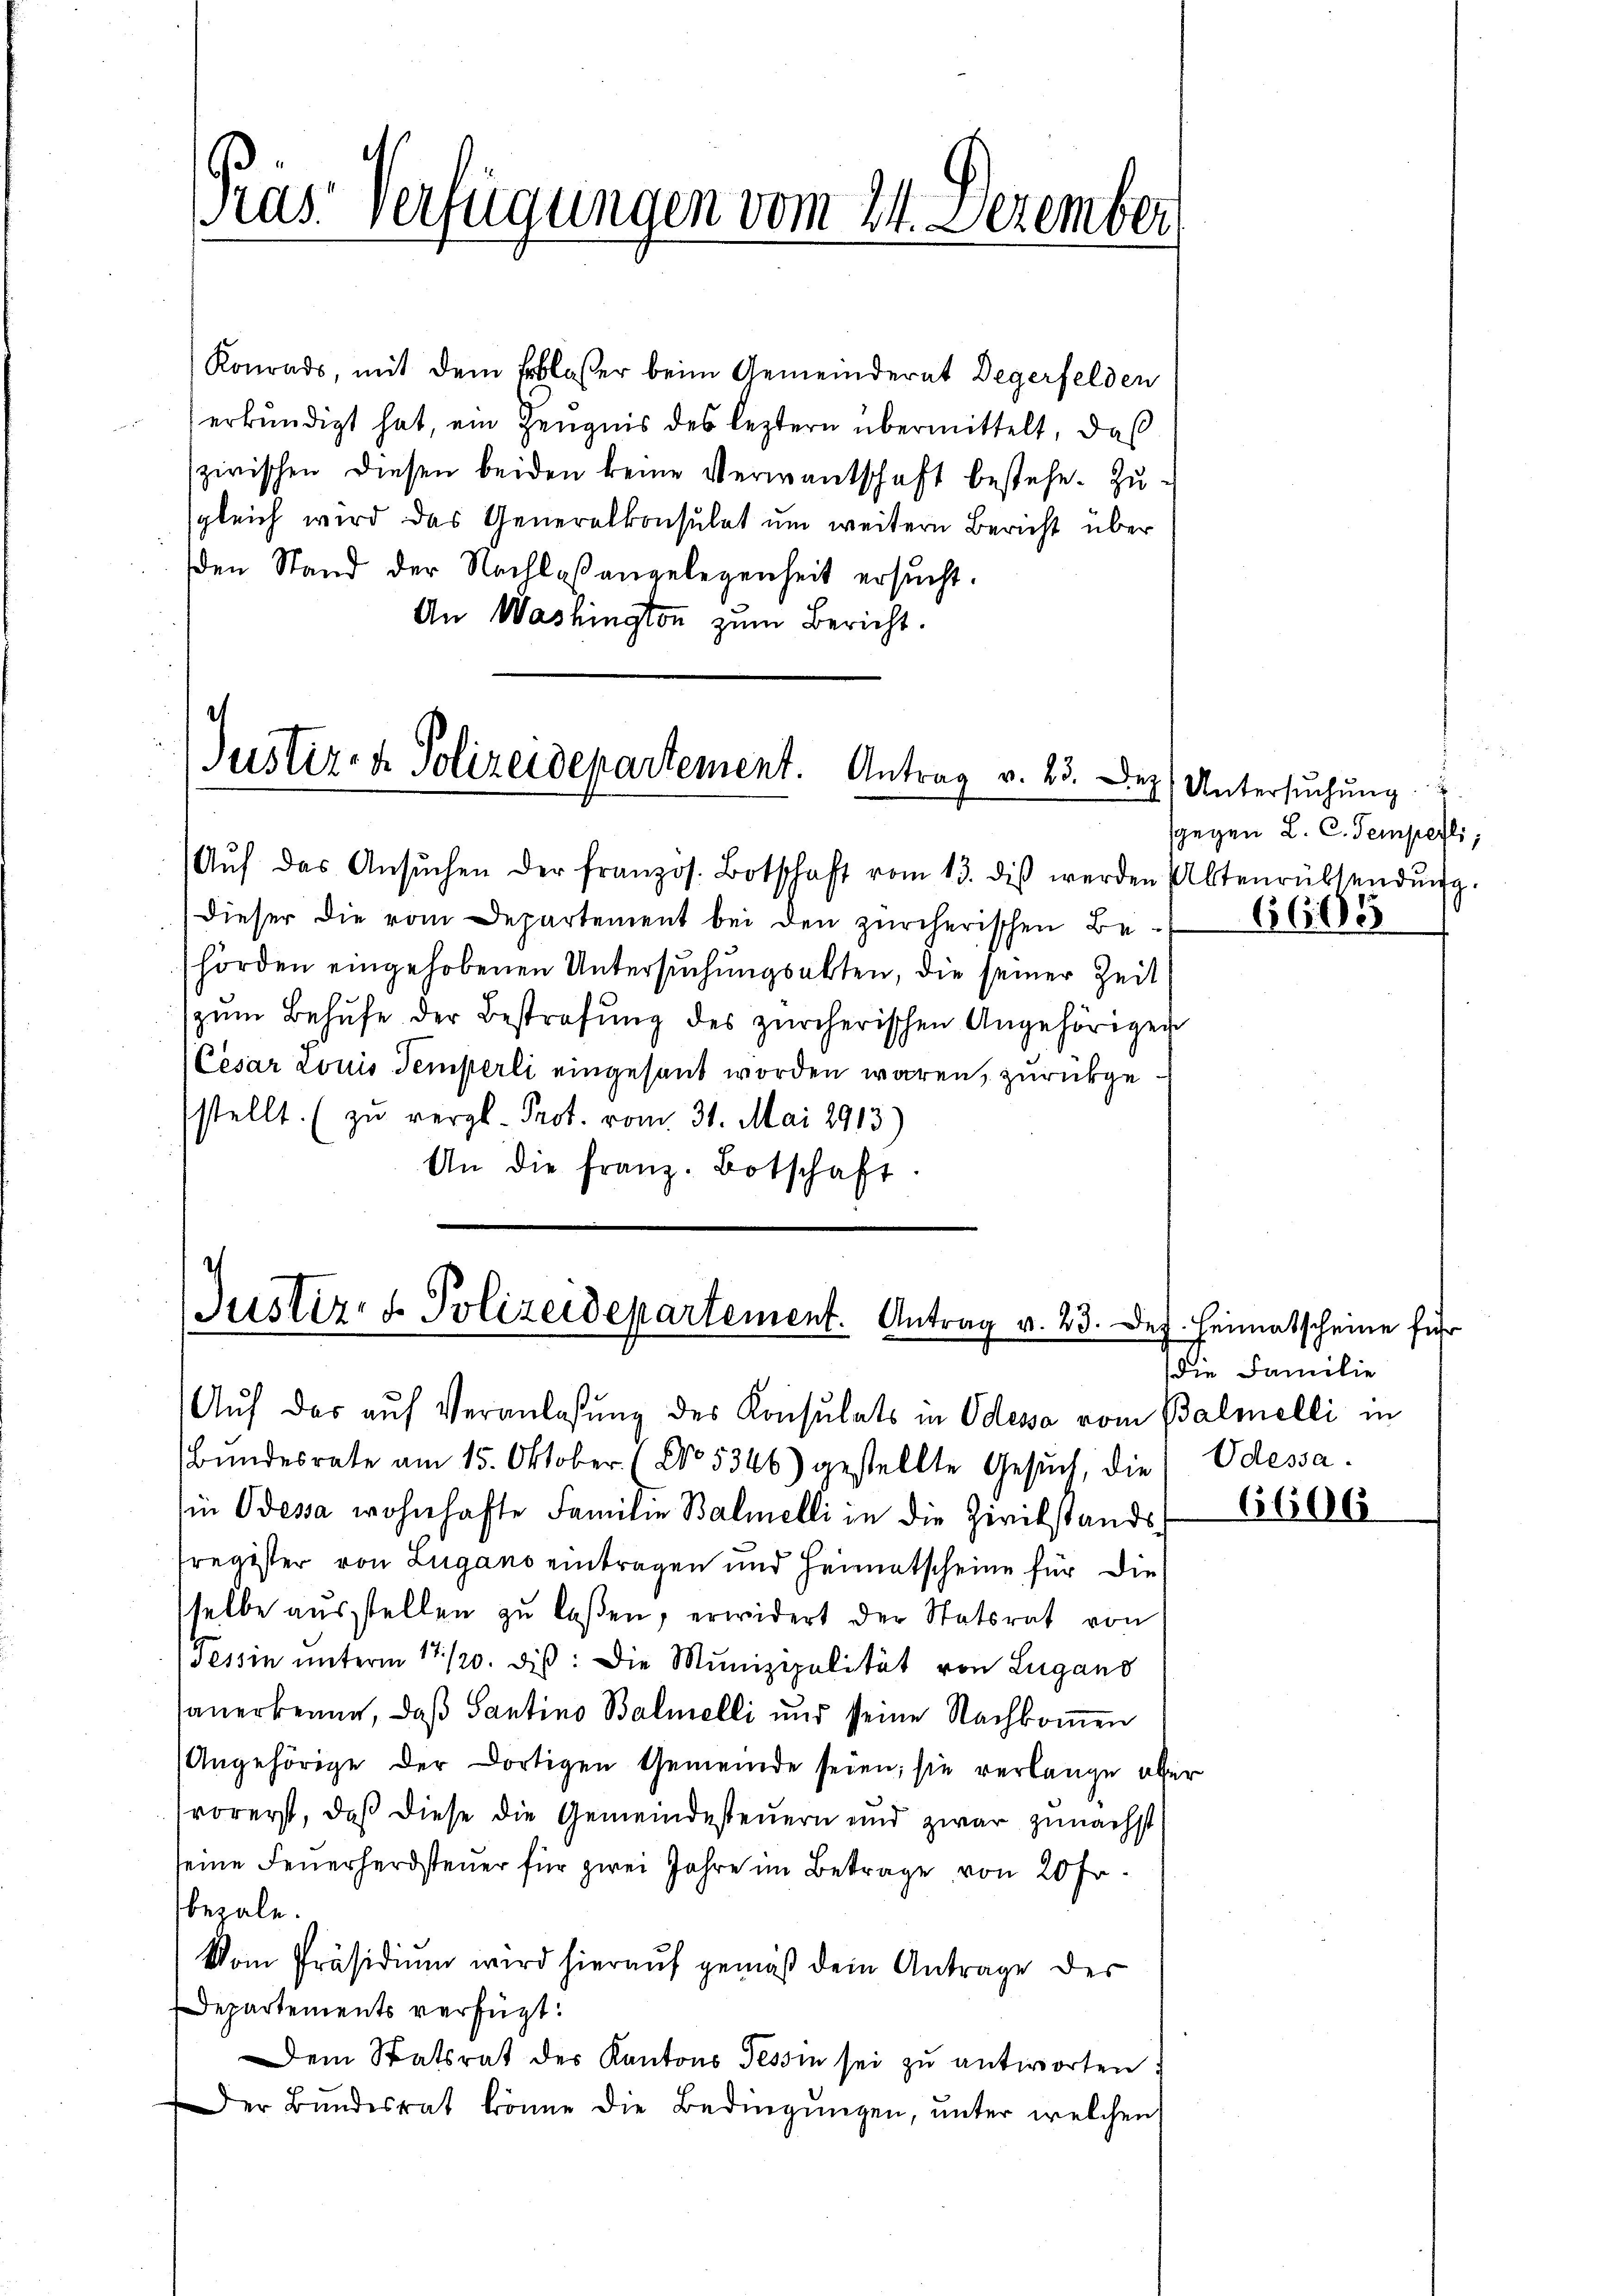
sgleich wird das Generalkonsulat um weitern Bericht über
den Stand der Nachlaßangelegenheit ersucht.
An Washington zum Bericht.

Präs. Verfügungen vom 24. Dezember

Aŭf das Ansŭchen der französ. Botschaft vom 13. diβ werden Altenrübsendŭng.
dieser die vom Departement bei den zürcherischen Behörden eingehobenen Untersuchungsakten, die seiner Zeit
zŭm Behufe der Bestrafŭng des zürcherischen Angehörigen
Cesar Louis Temperli eingesant worden wären, zurückgesstellt. (zŭ vergl. Prot. vom 31. Mai 1913)
An die franz. Botschaft

Konrads, mit dem Erblasser beim Gemeinderat Degerfelden
erkundigt hat, ein Zeugnis des leztern übermittelt, daß
zwischen diesen beiden keine Verwandschaft bestehe. Zŭ-

Justiz- & Polizeidepartement. Antrag v. 23. Dez

Justiz- & Polizeidepartement. Antrag v. 23. De

Auf das auf Veranlaßung des Konsulats in Odessa vom Balmelli in
Bundesrate am 15. Oktober (No. 5346) gestellte Gesuch, die
in Odessa wohnhafte Familie Balmelli in die Zivilstands-
tregister von Lugano eintragen und Heimatscheine für die
sselbe ausstellen zu laßen, erwidert der Statsrat von
Tessin unterm 17./20. diβ: Die Munizipalität von Lugano
sauerkenne, daß Santino Balmelli und seine Nachkommen
Angehörige der dortigen Gemeinde seien; sie verlange aber
vorerst, daß diese die Gemeindesteuern und zwar zunächst
seine Feuerherdsteuer für zwei Jahre im Betrage von 20 Fr
bezale.
Vom Präsidium wird hierauf gemäß dein Antrage des
Departements verfügt:
Dem Statsrat des Kantons Tessin sei zu antworten
Der Bŭndesrat könne die Bedingŭngen, unter welchen

Untersuchung.
sgegen L. C. Semperli,
6665

J. Heimatscheine für
die Familie
Odessa.

6606